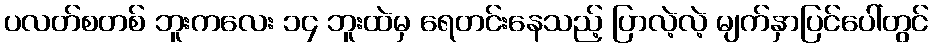
ပလတ်စတစ် ဘူးကလေး ၁၄ ဘူးထဲမှ ရေတင်းနေသည့် ပြာလဲ့လဲ့ မျက်နှာပြင်ပေါ်တွင်